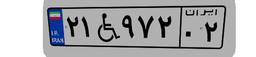
۲۱W۹۷۲۰۲